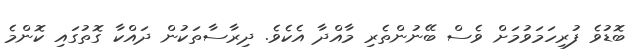
ބޮޑުވެ ފުރިހަމަވުމަށް ވެސް ބޭނުންތެރި މާއްދާ އެކެވެ. ދިރާސާތަކުން ދައްކާ ގޮތުގައި ކޮންމެ